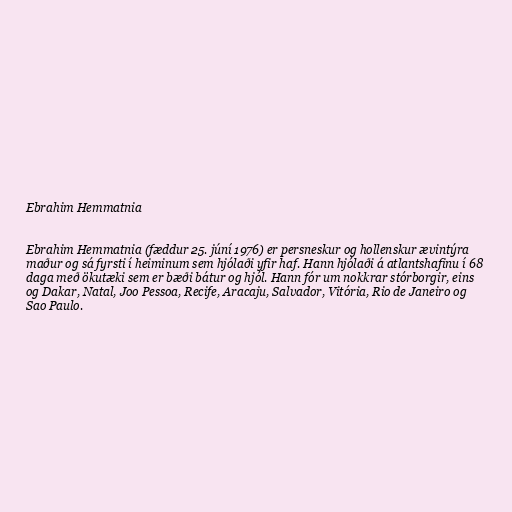
Ebrahim Hemmatnia

Ebrahim Hemmatnia (fæddur 25. júní 1976) er persneskur og hollenskur ævintýra
maður og sá fyrsti í heiminum sem hjólaði yfir haf. Hann hjólaði á atlantshafinu í 68
daga með ökutæki sem er bæði bátur og hjól. Hann fór um nokkrar stórborgir, eins
og Dakar, Natal, Joo Pessoa, Recife, Aracaju, Salvador, Vitória, Rio de Janeiro og
Sao Paulo.